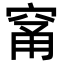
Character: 𥦁